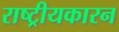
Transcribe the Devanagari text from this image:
राष्ट्रीयकारन